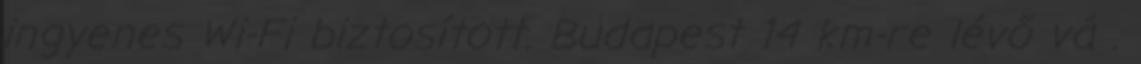
ingyenes Wi-Fi biztosított. Budapest 14 km-re lévő vá .